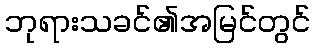
ဘုရားသခင်၏အမြင်တွင်